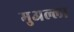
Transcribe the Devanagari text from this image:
मुअल्ला